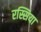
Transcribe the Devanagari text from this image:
रस्सिया